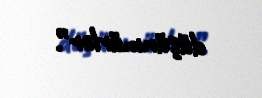
düşünmürlər”.